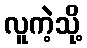
လူကဲ့သို့